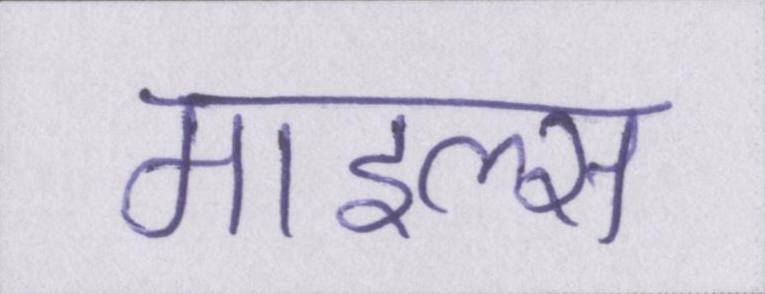
माइल्स